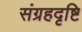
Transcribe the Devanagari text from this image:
संग्रहदृष्टि